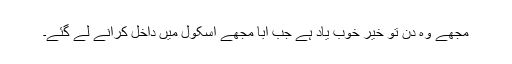
مجھے وہ دن تو خیر خوب یاد ہے جب ابا مجھے اسکول میں داخل کرانے لے گئے۔